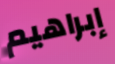
إبراهيم